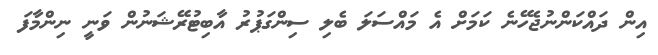
އިން ދައްކަންނުޖެހޭނެ ކަމަށް އެ މައްސަލަ ބެލި ސިންގަޕުރު އާބިޓުރޭޝަނުން ވަނީ ނިންމާފަ